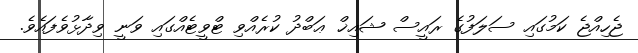
ޖެހިއްޖެ ކަމުގައި ސަލަފުގެ ރައީސް ޝައިޚް ޢަބްދު ކުރެއްވި ޓްވީޓެއްގައި ވަނީ ވިދާޅުވެފައެވެ.